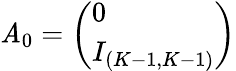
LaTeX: \mathit{A}_{0}=\left(\begin{array}{l}{0}\\ {I_{(K-1,K-1)}}\end{array}\right)